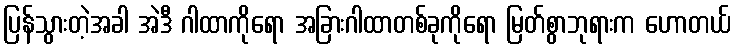
ပြန်သွားတဲ့အခါ အဲဒီ ဂါထာကိုရော အခြားဂါထာတစ်ခုကိုရော မြတ်စွာဘုရားက ဟောတယ်